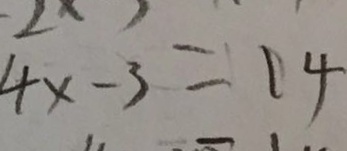
4 x - 3 = 1 4